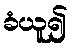
ခံယူ၍